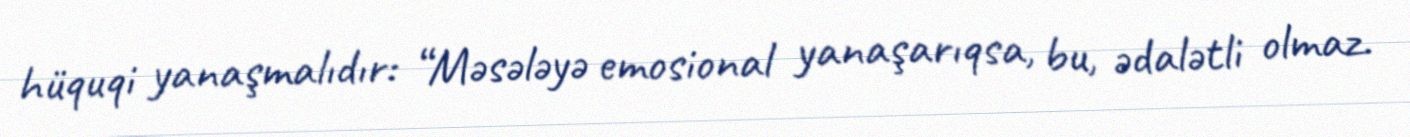
hüquqi yanaşmalıdır: “Məsələyə emosional yanaşarıqsa, bu, ədalətli olmaz.